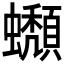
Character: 𧔾